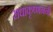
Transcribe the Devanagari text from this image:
राधाकृष्णननी